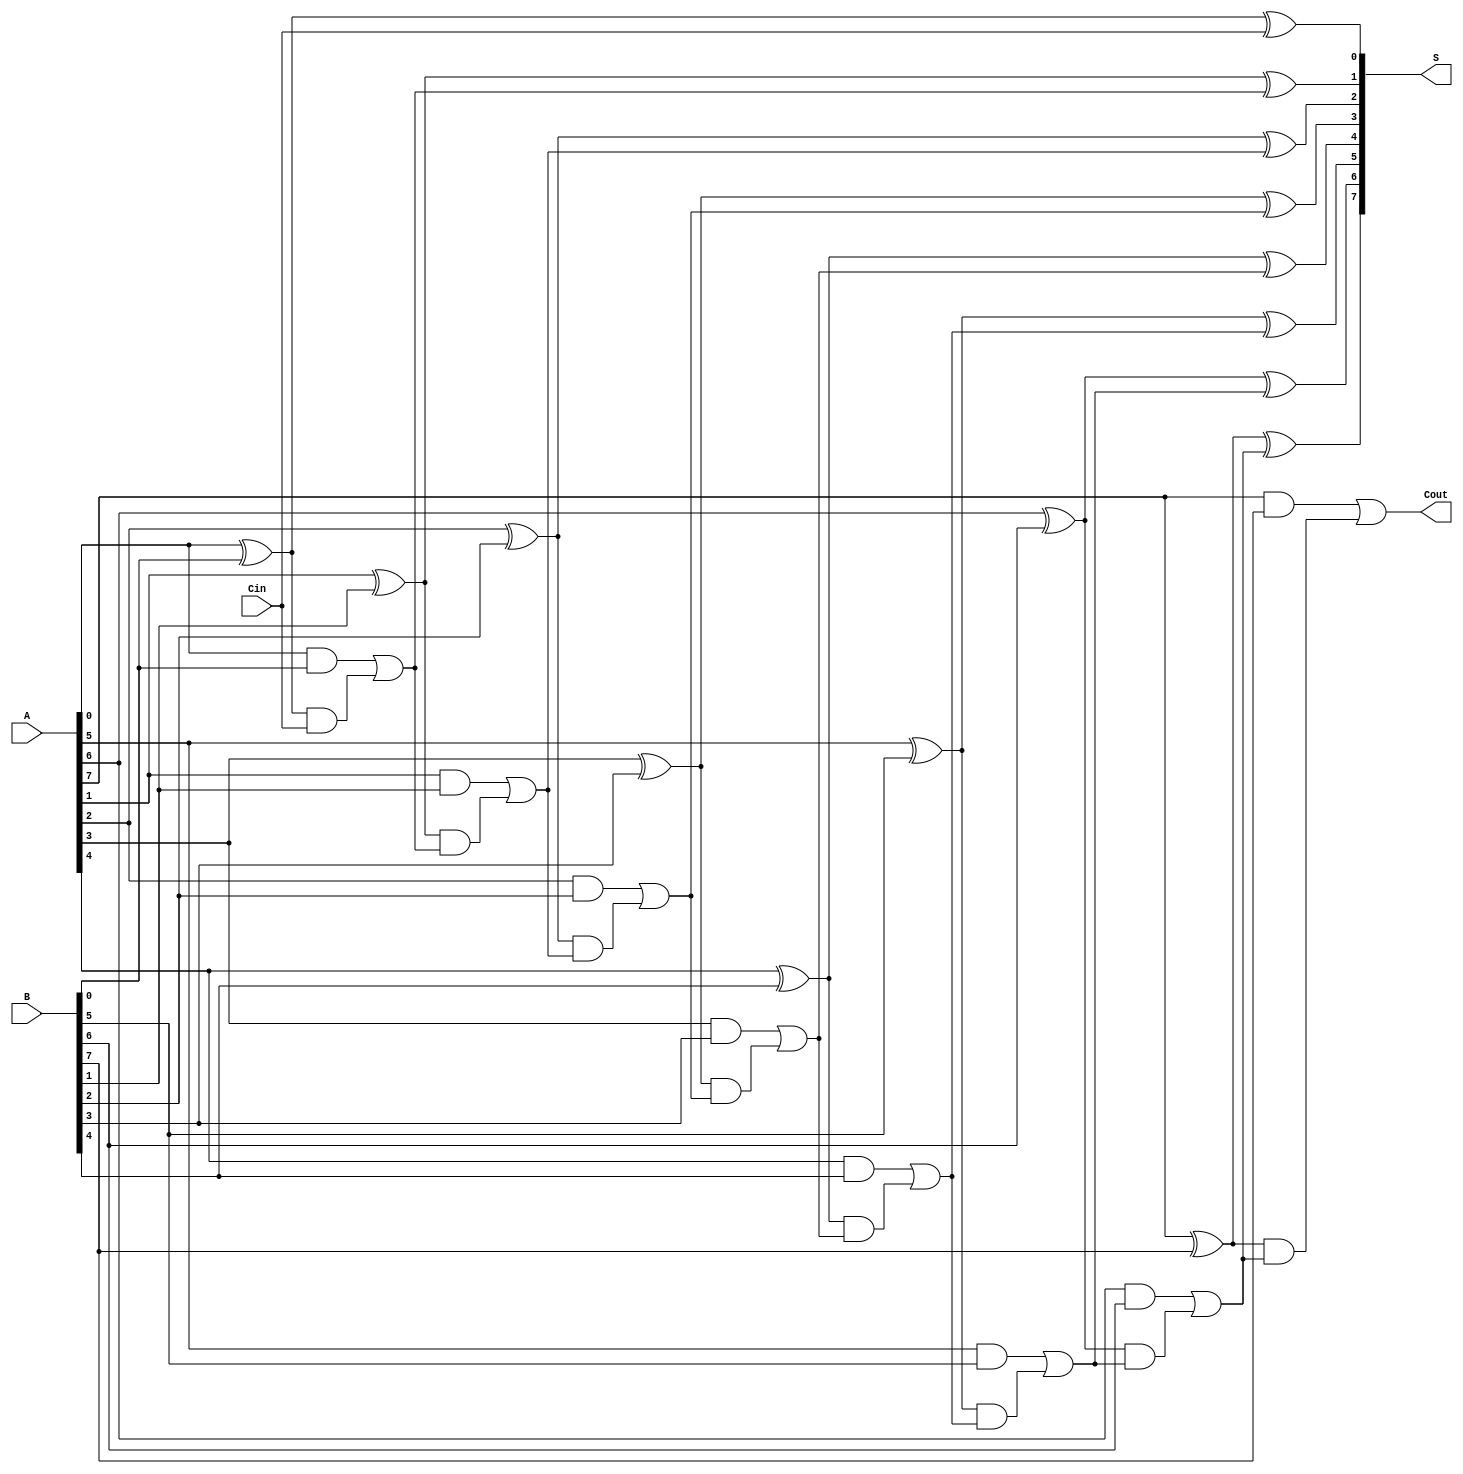
module SklanskyAdder #(
    parameter WIDTH = 8 // Width of the adder (in bits)
)(
    input  wire [WIDTH-1:0] A,    // First operand
    input  wire [WIDTH-1:0] B,    // Second operand
    input  wire Cin,               // Carry input
    output wire [WIDTH-1:0] S,     // Sum output
    output wire Cout               // Carry output
);

    wire [WIDTH-1:0] G; // Generate signals
    wire [WIDTH-1:0] P; // Propagate signals
    wire [WIDTH:0] C;   // Carry signals (C[0] to C[WIDTH])

    // Generate and Propagate signal calculation
    generate
        genvar i;
        for (i = 0; i < WIDTH; i = i + 1) begin: g_p_gen
            assign G[i] = A[i] & B[i];    // Generate signal
            assign P[i] = A[i] ^ B[i];    // Propagate signal
        end
    endgenerate

    // Carry signals calculation
    assign C[0] = Cin; // Initial carry input

    generate
        for (i = 1; i < WIDTH+1; i = i + 1) begin: carry_gen
            assign C[i] = G[i-1] | (P[i-1] & C[i-1]);
        end
    endgenerate

    // Sum calculation
    generate
        for (i = 0; i < WIDTH; i = i + 1) begin: sum_gen
            assign S[i] = P[i] ^ C[i]; // Sum output
        end
    endgenerate

    assign Cout = C[WIDTH]; // Final carry out

endmodule